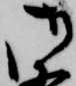
御